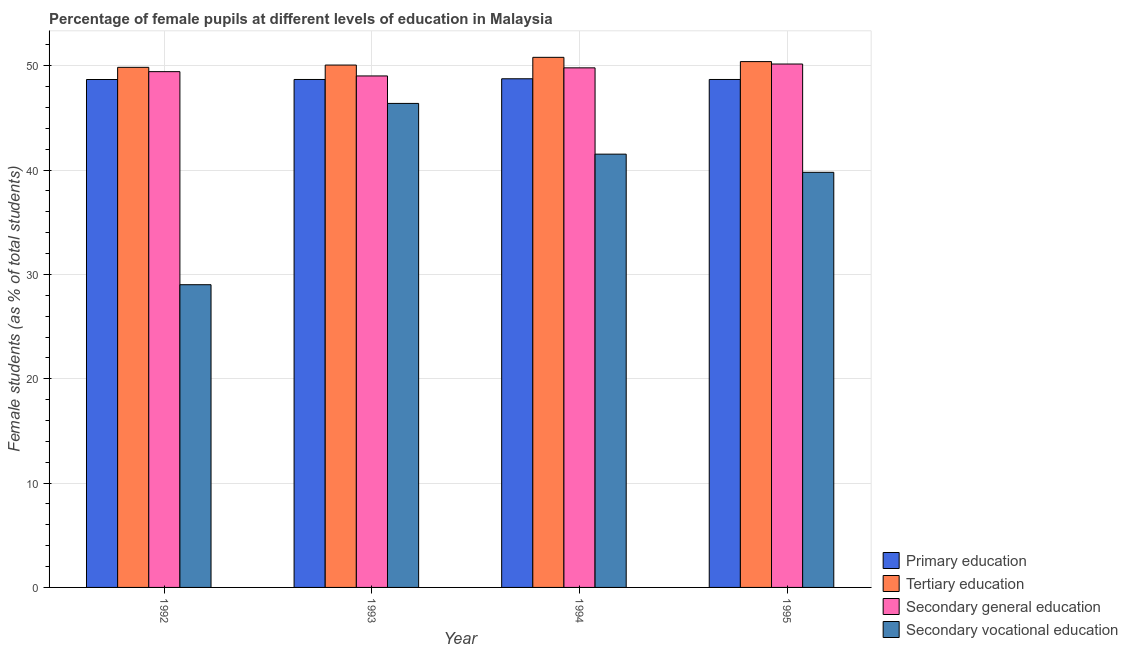
| Year | Primary education | Tertiary education | Secondary general education | Secondary vocational education |
 | --- | --- | --- | --- | --- |
 | 1992 | 48.7 | 49.9 | 49.4 | 29 |
 | 1993 | 48.7 | 50.1 | 49 | 46.4 |
 | 1994 | 48.8 | 50.8 | 49.8 | 41.5 |
 | 1995 | 48.7 | 50.4 | 50.2 | 39.8 |